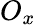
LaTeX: O_{x}